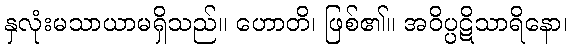
နှလုံးမသာယာမရှိသည်။ ဟောတိ၊ ဖြစ်၏။ အဝိပ္ပဋိသာရိနော၊